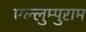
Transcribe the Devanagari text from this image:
एल्लुम्पुराम